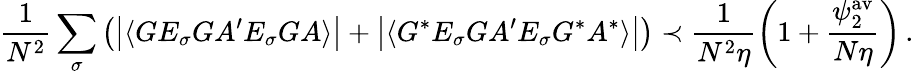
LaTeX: \frac{1}{N^{2}}\sum_{\sigma}\left(\big|\langle GE_{\sigma}G{A^{\prime}}E_{\sigma}GA\rangle\big|+\big|\langle G^{*}E_{\sigma}G{A^{\prime}}E_{\sigma}G^{*}A^{*}\rangle\big|\right)\prec\frac{1}{N^{2}\eta}\left(1+\frac{\psi_{2}^{\mathrm{av}}}{N\eta}\right)\, .